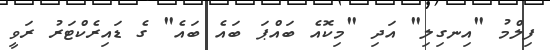
ފިލްމު "އިނގިިލި" އަދި "މިކޮއެ ބައްޕަ ބައެ ބައެ" ގެ ޑައިރެކްޓަރު ރަވީ